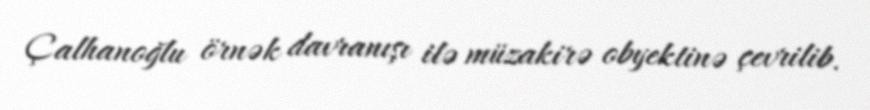
Çalhanoğlu örnək davranışı ilə müzakirə obyektinə çevrilib.